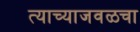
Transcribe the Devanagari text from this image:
त्याच्याजवळचा